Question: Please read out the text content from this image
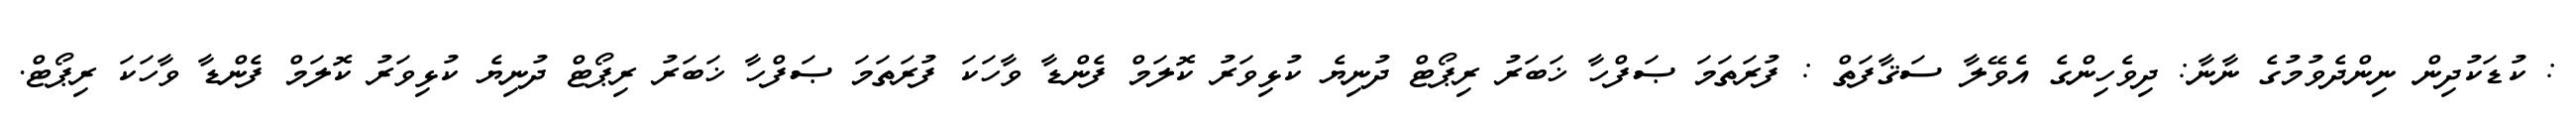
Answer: : ކުޑަކުދިން ނިންދެވުމުގެ ނާނާ: ދިވެހިންގެ އެވޭލާ ސަޤާފަތް : ފުރަތަމަ ޞަފްހާ ޚަބަރު ރިޕޯޓް ދުނިޔެ ކުޅިވަރު ކޮލަމް ފެންޑާ ވާހަކަ ފުރަތަމަ ޞަފްހާ ޚަބަރު ރިޕޯޓް ދުނިޔެ ކުޅިވަރު ކޮލަމް ފެންޑާ ވާހަކަ ރިޕޯޓް.